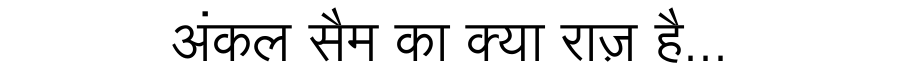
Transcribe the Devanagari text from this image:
अंकल सैम का क्या राज़ है...